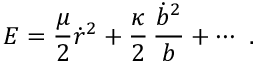
E = { \frac { \mu } { 2 } } \dot { r } ^ { 2 } + { \frac { \kappa } { 2 } } \, { \frac { \dot { b } ^ { 2 } } { b } } + \cdots \, \, .